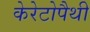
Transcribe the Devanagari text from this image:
केरेटोपैथी